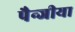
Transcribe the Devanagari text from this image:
पैन्जीया